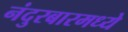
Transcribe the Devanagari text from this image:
नंदुरबारमध्ये